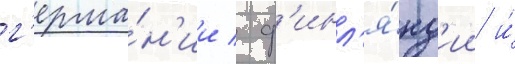
г'ерма́н'ии / ф'инл'я́нд'ии и́